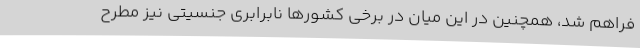
فراهم شد، همچنین در این میان در برخی کشورها نابرابری جنسیتی نیز مطرح